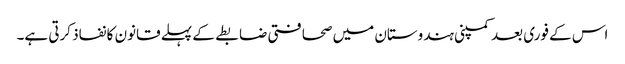
اس کے فوری بعد کمپنی ہندوستان میں صحافتی ضابطے کے پہلے قانون کا نفاذ کرتی ہے۔